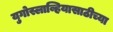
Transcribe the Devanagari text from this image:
युगोस्लाव्हियासाठीच्या